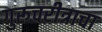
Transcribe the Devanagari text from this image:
गुरूचरीत्राचा